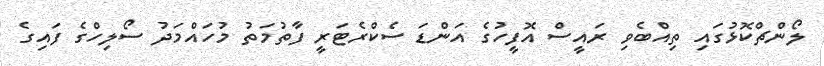
ލޯންޗްކޮޅުގައި ތިއްބެވި ރައީސް އޮފީހުގެ އަންޑަ ސެކްރެޓަރީ ފާތުމަތު މުހައްމަދު ސޯލިހްގެ ފައިގެ